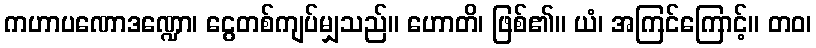
ကဟာပဏောဒဏ္ဍော၊ ငွေတစ်ကျပ်မျှသည်။ ဟောတိ၊ ဖြစ်၏။ ယံ၊ အကြင်ကြောင့်။ တဝ၊